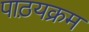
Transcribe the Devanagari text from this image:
पाठ़यक्रम